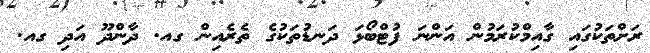
ރަށްތަކުގައި ގާއިމްކުރަމުން އަންނަ ފުޓްބޯޅަ ދަނޑުތަކުގެ ތެރެއިން ގއ. ދާންދޫ އަދި ގއ.